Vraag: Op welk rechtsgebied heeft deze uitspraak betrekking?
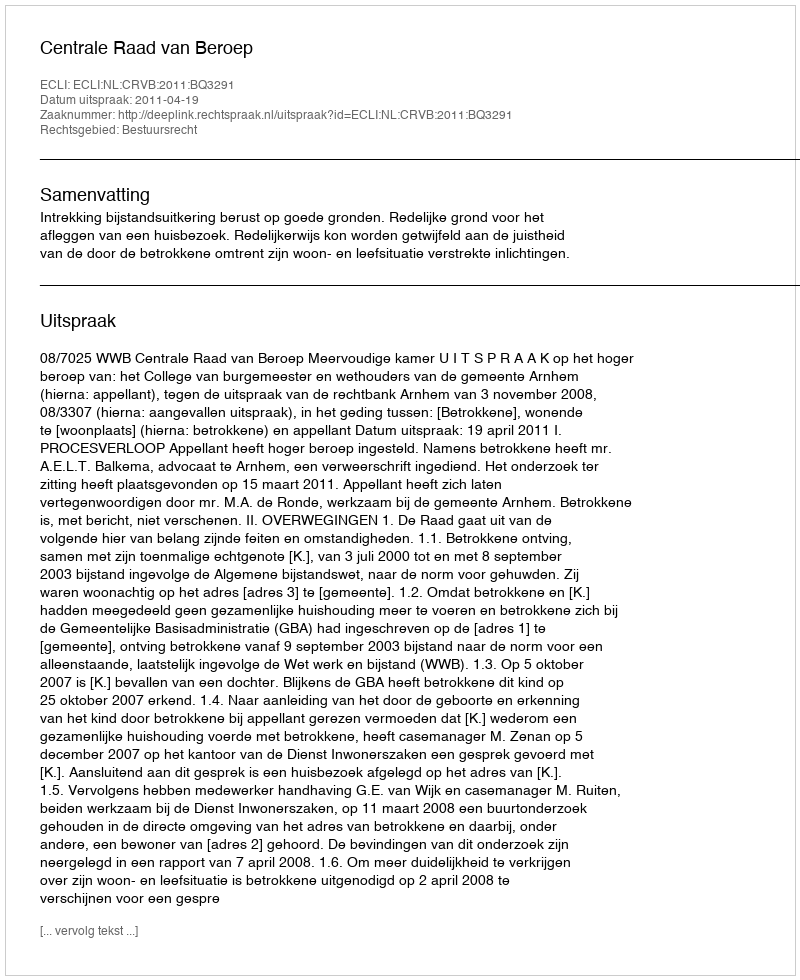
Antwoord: Bestuursrecht